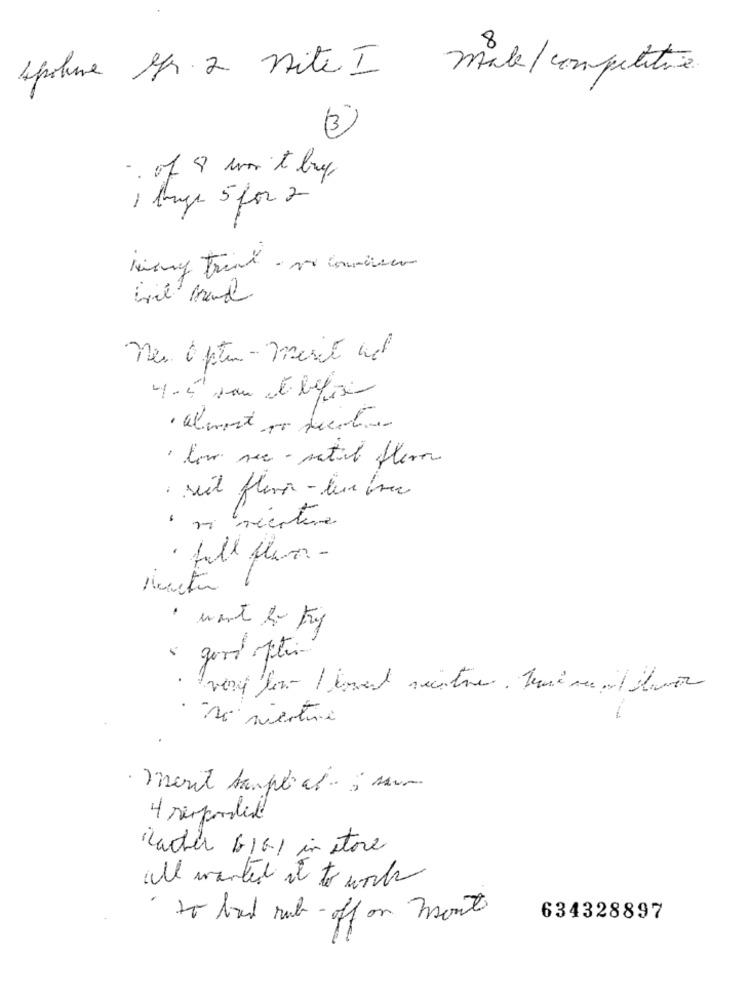
00
spoluve Gr. 2 nite I
make/competitive
(3)
. of8 um t buy
, bruge 5 for 2
neu Often - march het
4-5 vou et before
· low sec - satil flere
. seit flera - lembrar
vi vecature
· full flum -
· want to try
· no niente
4 reported
Lacher GIGI in store
all wanted it to work
to houd rub- off on mont
634328897